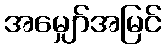
အမျှော်အမြင်